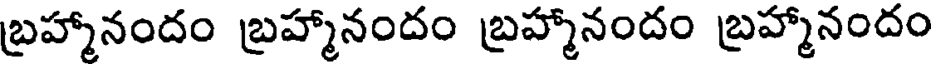
బ్రహ్మానందం బ్రహ్మానందం బ్రహ్మానందం బ్రహ్మానందం